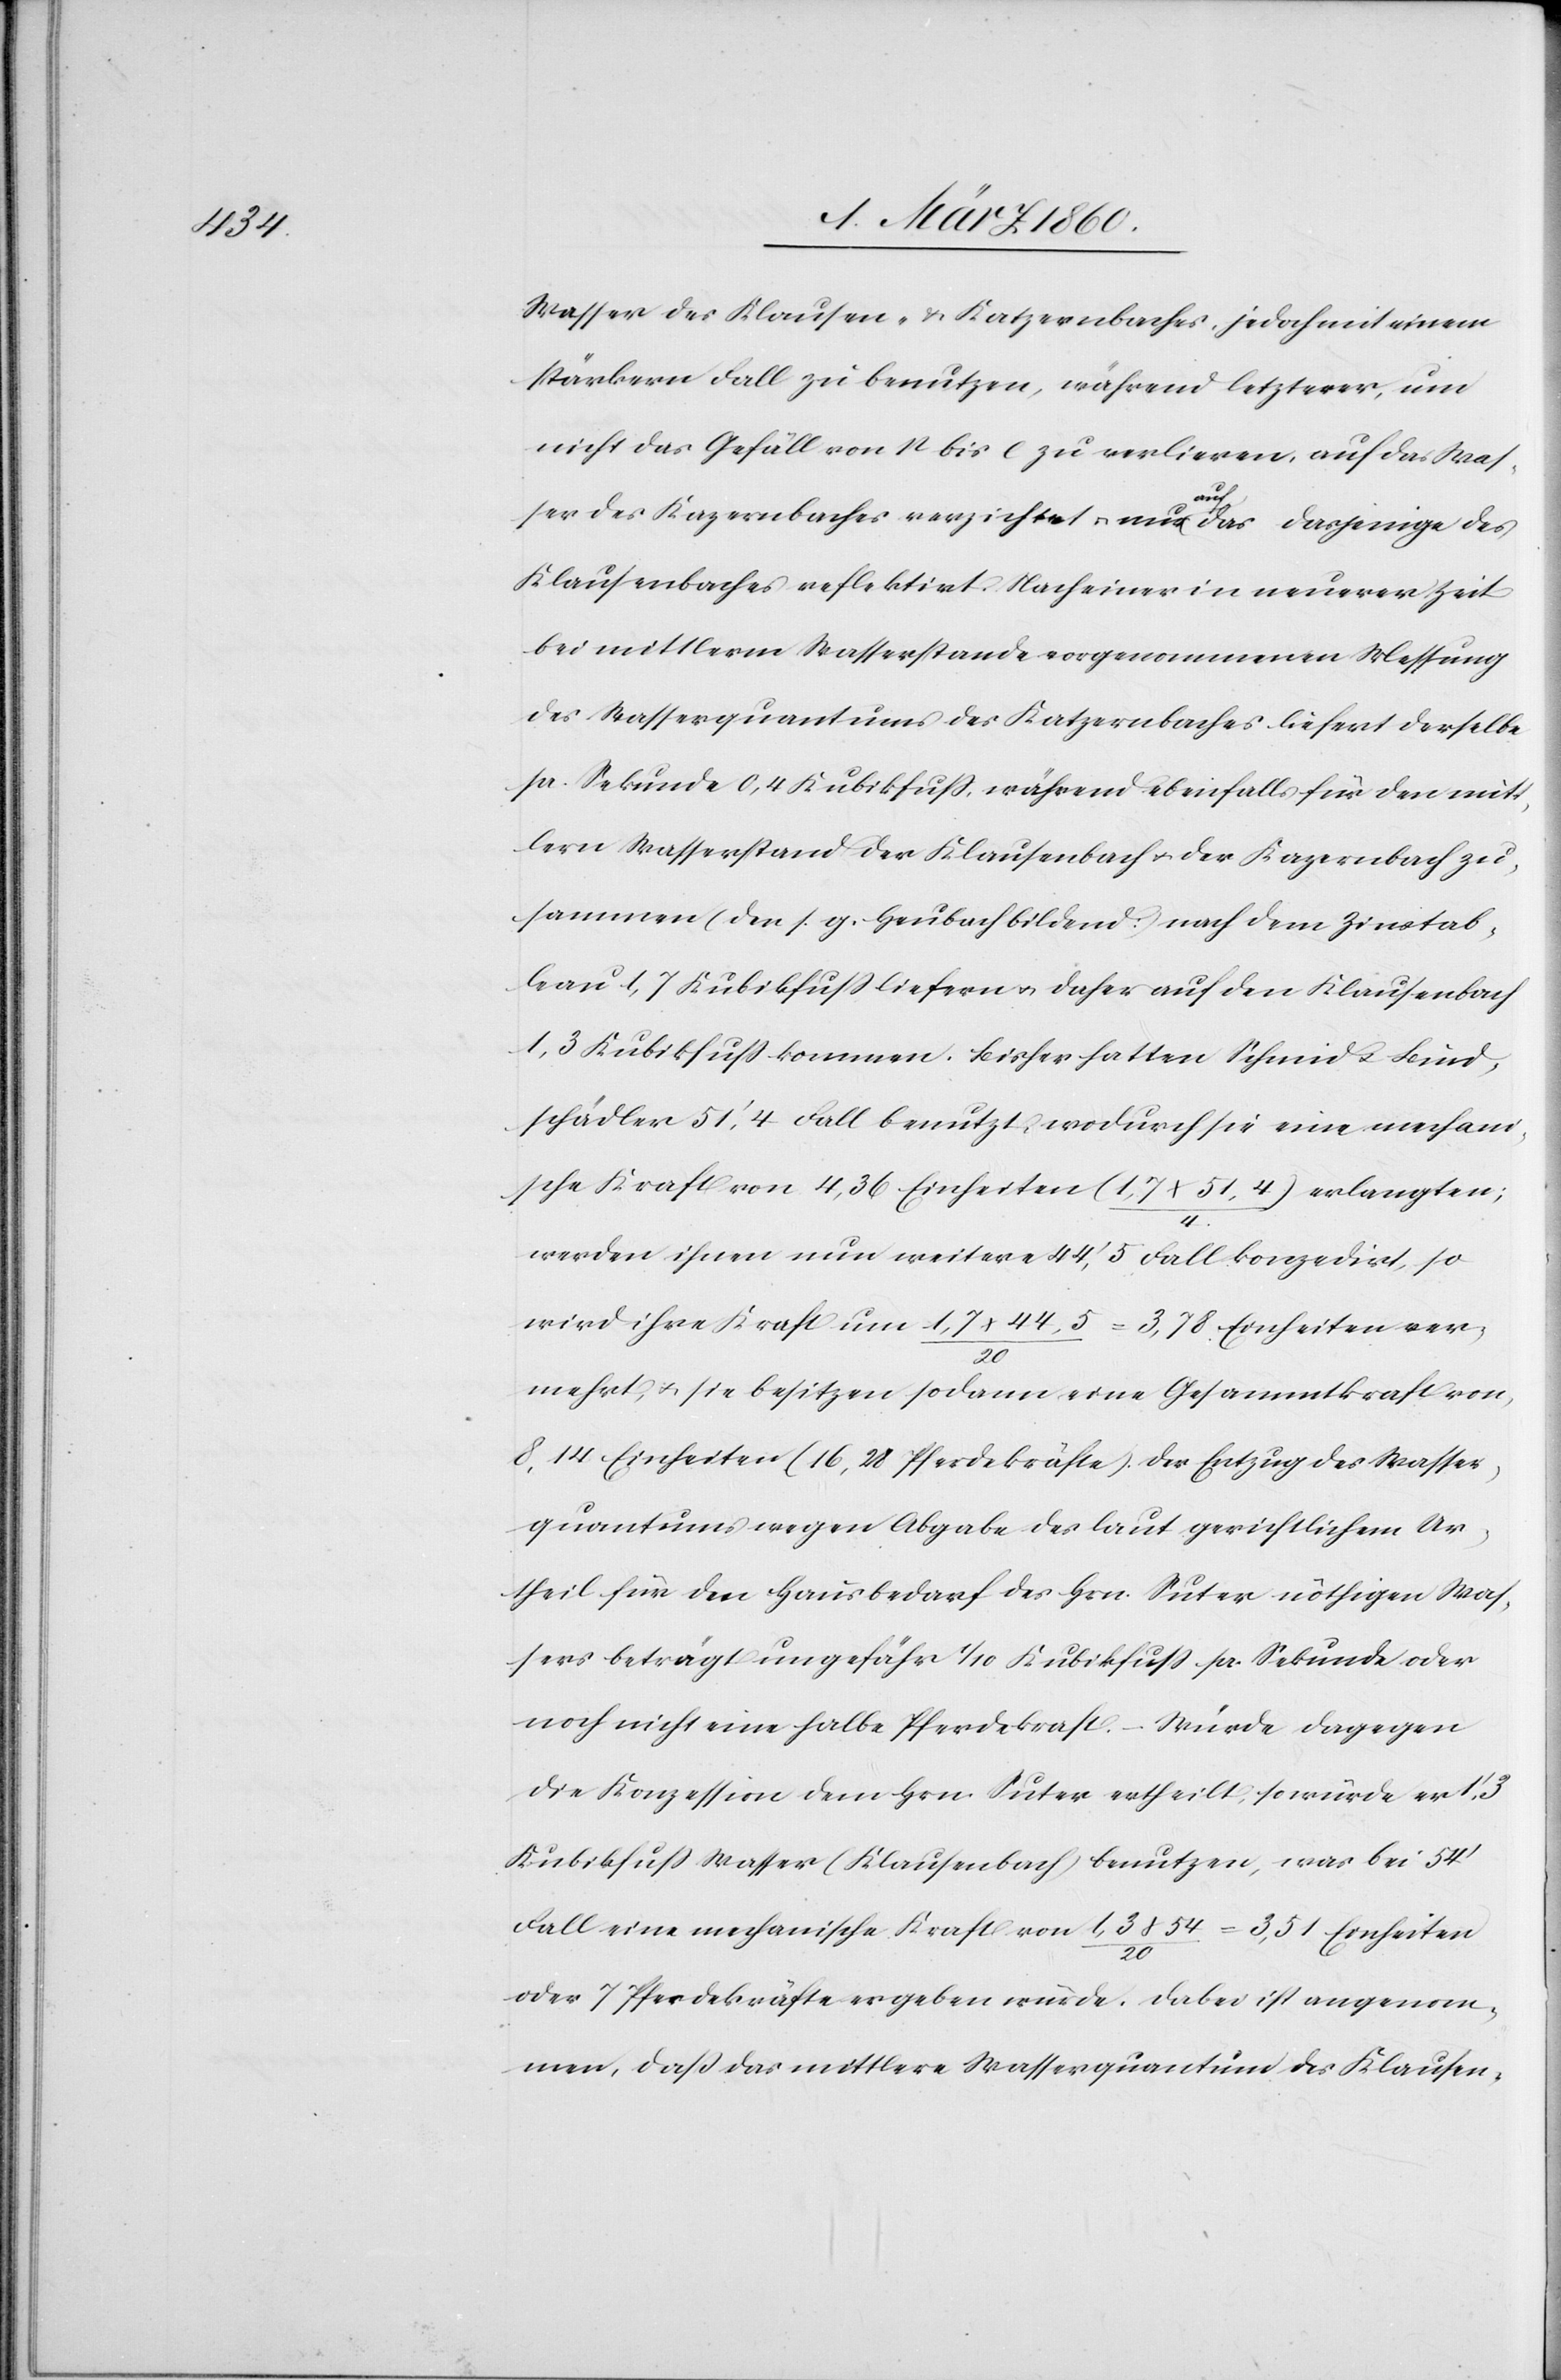
Wasser des Klausen- u. Katzernbaches, jedoch mit einem
stärkern Fall zu benutzen, während letzterer, um
nicht das Gefäll von n bis l zu verlieren, auf das Was¬
ser des Kapernbaches verzichtet u. nun auch das dasjenige
Klausenbaches reflektirt. Nach einer in neuerer Zeit
bei mittlerm Wasserstande vorgenommenen Messung
des Wasserquantums des Katzernbaches liefert derselbe
pr. Sekunde 0,4 Kubikfuss, während ebenfalls für den mit¬
tlern Wasserstand des Klausenbach u. der Kazernbach zu¬
sammen (den s. g. Heubach bildend) nach dem Zinstab¬
leau 1,7 Kubikfuss liefern u. daher auf den Klausenbach
1,3 Kubikfuss kommen. Bisher hatten Schmid u. Bind¬
schädler 51’,4 Fall benutzt, wodurch sie eine mechani¬
sche Kraft von 4,36 Einheiten (1,7x51,4/4) erlangten,
werden ihnen nun weitere 44’,5 Fall konzedirt, so
wird ihre Kraft um 1,7x44,5/20=3,78 Einheiten ver¬
mehrt, u. sie besitzen sodann eine Gesammtkraft von
8,14 Einheiten (16,28 Pferdestärke). Der Entzug des Wasser¬
quantums wegen Abgabe des laut gerichtlichem Ur¬
theil für den Hausbedarf des Hrn. Suter nöthigen Was¬
sers beträgt ungefähr 1/10 Kubikfuss pr. Sekunde oder
noch nicht eine halbe Pferdekraft. – Würde dagegen
die Konzession dem Hrn. Suter ertheilt, so würde er
Kubikfuss Wasser (Klausenbach) benutzen, was bei 54’
Fall eine mechanische Kraft von 1,3x54/20=3,51 Einheiten
oder 7 Pferdekräfte ergeben würde. Dabei ist angenom¬
men, dass das mittlere Wasserquantum des Klausen-